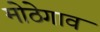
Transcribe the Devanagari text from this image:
मोठेगाव